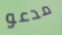
مدعو